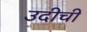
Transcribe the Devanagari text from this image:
उदीची